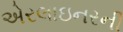
એરલાઇનરની